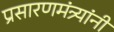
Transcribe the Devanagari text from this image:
प्रसारणमंत्र्यांनी